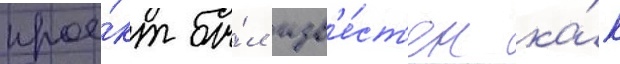
прое́кт бы́л изв'е́ст'ен ка́к